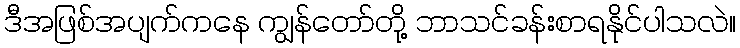
ဒီအဖြစ်အပျက်ကနေ ကျွန်တော်တို့ ဘာသင်ခန်းစာရနိုင်ပါသလဲ။